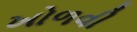
ખોળવી